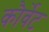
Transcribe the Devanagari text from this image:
कौर्वेट